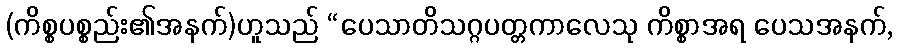
(ကိစ္စပစ္စည်း၏အနက်)ဟူသည် “ပေသာတိသဂ္ဂပတ္တကာလေသု ကိစ္စာအရ ပေသအနက်,